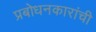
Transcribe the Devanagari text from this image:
प्रबोधनकारांची